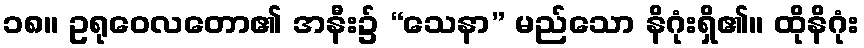
၁၈။ ဥရုဝေလတော၏ အနီး၌ “သေနာ” မည်သော နိဂုံးရှိ၏။ ထိုနိဂုံး